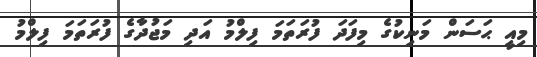
މިއީ ޙަސަން މަނިކުގެ މިފަދަ ފުރަތަމަ ފިލްމު އަދި މަޖުދާގެ ފުރަތަމަ ފިލްމު